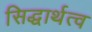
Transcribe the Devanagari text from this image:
सिद्धार्थत्व